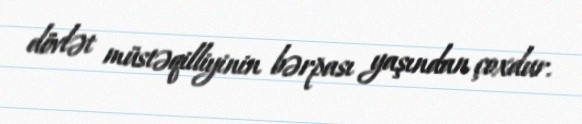
dövlət müstəqilliyinin bərpası yaşından çoxdur.